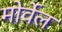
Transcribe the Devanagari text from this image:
मोर्वेल